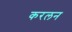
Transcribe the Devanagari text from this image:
करलन